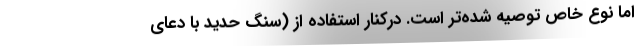
اما نوع خاص توصیه شده‌تر است. درکنار استفاده از (سنگ حدید با دعای